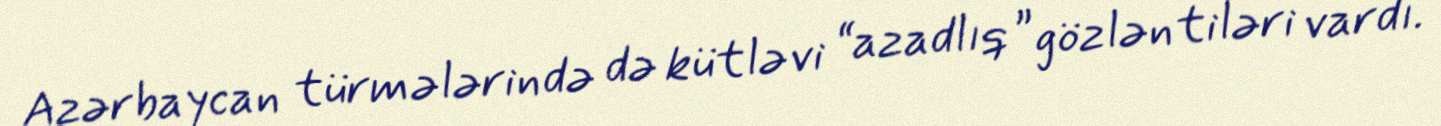
Azərbaycan türmələrində də kütləvi “azadlıq” gözləntiləri vardı.